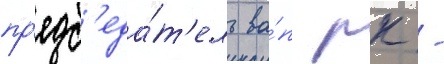
пр'едс'еда́т'ель ва́п рк -